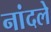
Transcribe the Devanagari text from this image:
नांदले